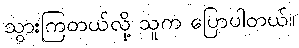
သွားကြတယ်လို့ သူက ပြောပါတယ်။